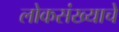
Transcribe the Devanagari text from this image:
लोकसंख्याचे